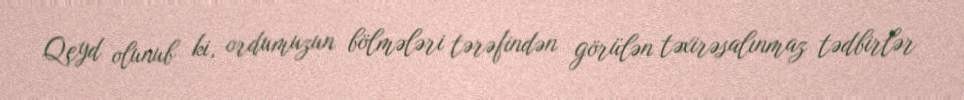
Qeyd olunub ki, ordumuzun bölmələri tərəfindən görülən təxirəsalınmaz tədbirlər